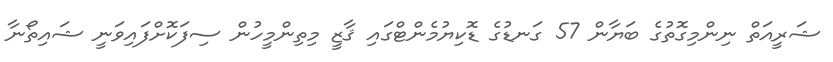
ޝަރީއަތް ނިންމިގޮތުގެ ބަޔާން 57 ގަނޑުގެ ޑޮކިޔުމެންޓްގައި ޤާޒީ މިތިންމީހުން ސިފަކޮށްފައިވަނީ ޝައިތޯނާ